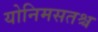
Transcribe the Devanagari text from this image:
योनिमसतश्च